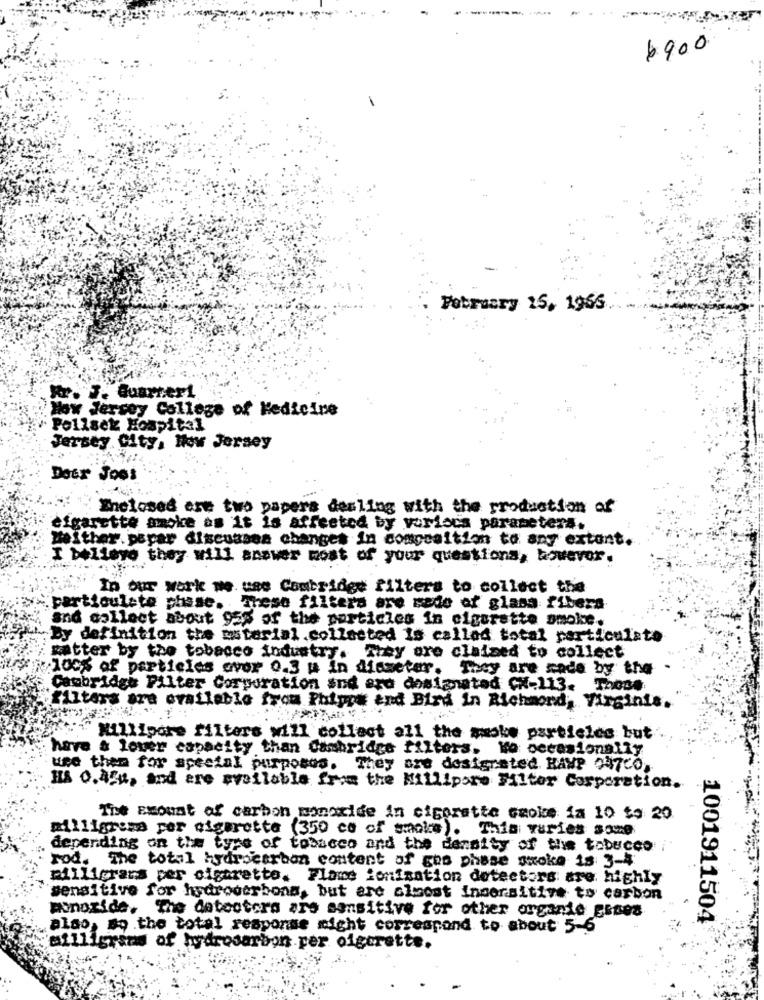
---.
$900
February 15, 1965
Hr. F. Quarter!
« Jersey College of Medicine
Pollsek Hospital
Jersey City, How Jersey
Deer Joos
Snelosed ere two papers dealing with the production of
efgarette smoke as it is affected by various parameters.
Meither. paper discusses changes in composition to any extont.
I believe they will answer most of your questions, bouevor.
In our work me. use Comtridge filters to collect the
:particulate phase. These filters are sede of glass fibera
and collect about 955 of the particles in cigarette smoke.
By definition the material .collected is called total particulate
katter by the tobacco industry. They ore claimed to collect
100% of particles over 0.3 u in diameter, They are made by the
Cambridge Filter Corporation and ard dostaneted CX-113. Th000
filters are available from Phipps and Bird in Richmond, Virginia.
Millipore filters will collect all the smoke particles but
have a lover capacity than Cambridge filters. We occasionally
use them for special purposes. They are designated HAVP 047CO.
H& 0.454, and are available from the Millipore Filter Corporation.
The amount of carbon monoxide in cigarette smoke La 10 to 20
Billigroma per cigarette (350 co of smoke). This varies some
depending on the type of tobacco and the density of the tobucco
rod. The total hydrocarbon content of gas phase smoke is 3-4
milligrams per cigarette. Flame ionisation detectors are highly
sensitive for hydrocerbona, but are almost ingersitive to carbon
monoxide, The detectora are sensitive for other organie eines
1001911504
also, so the total response might correspond to about 5-6
milligrsas of hydrocarbon.per olgcrette.